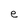
Character: e